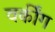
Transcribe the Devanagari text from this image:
वर्कींग